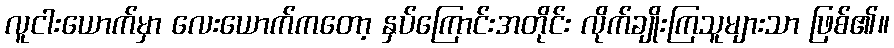
လူငါးယောက်မှာ လေးယောက်ကတော့ နှပ်ကြောင်းအတိုင်း လိုက်ချိုးကြသူများသာ ဖြစ်၏။